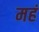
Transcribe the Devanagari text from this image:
महं